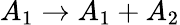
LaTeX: A_{1}\rightarrow A_{1}+A_{2}